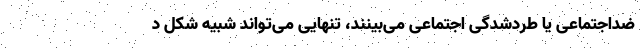
ضداجتماعی یا طردشدگی اجتماعی می‌بینند، تنهایی می‌تواند شبیه شکل د